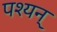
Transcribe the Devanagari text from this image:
पश्यन्‌